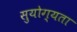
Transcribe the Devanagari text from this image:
सुयोग्यता